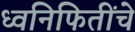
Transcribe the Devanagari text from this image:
ध्वनिफितींचे